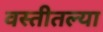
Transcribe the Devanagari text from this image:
वस्तीतल्या